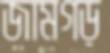
জামগড়